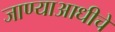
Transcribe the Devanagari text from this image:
जाण्याआधीचे